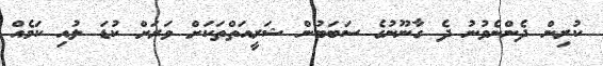
ކުރިން ދެންނެވުނު ދެ ގާނޫނުގެ ސަބަބުން ޝަރީއަތްތަކަށް ވަރަށް ކުޑަ ލުއި ކަމެއް